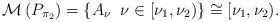
LaTeX: \begin{align*} \mathcal{M}\left(P_{\pi_{2}}\right)=\left\{A_{\nu}\;\;\nu\in[\nu_{1},\nu_{2})\right\}\cong[\nu_{1},\nu_{2}).\end{align*}